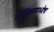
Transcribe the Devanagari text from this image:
लॅटियममध्येच